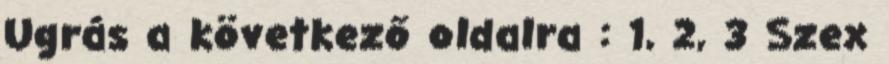
Ugrás a következő oldalra : 1, 2, 3 Szex